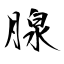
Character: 腺